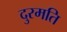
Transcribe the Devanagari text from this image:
दुरमति